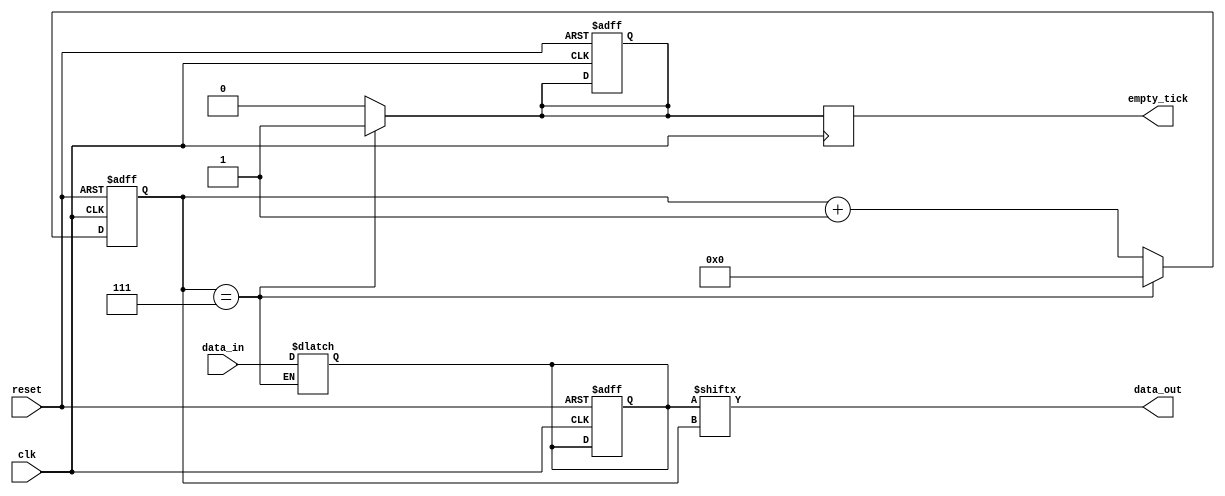
`timescale 1ns / 1ps

module parallel_to_serial
#(parameter N=8)(
    input clk,reset,
    input wire [N-1:0] data_in,
    output reg empty_tick,
    output reg data_out
    );

reg [N-1:0] data_reg, data_next;
reg [N-1:0] count_reg, count_next;
reg empty_reg, empty_next;

always @ (posedge clk)
    empty_tick = empty_reg; 
 
always @(posedge clk, posedge reset)begin
    if(reset)begin
        count_reg <= 0;
        data_reg <= 0;
        empty_reg <= 1;
    end
    else begin
        count_reg <= count_next;
        data_reg <= data_next;
        empty_reg <= empty_next;
    end
end

always @* begin
    count_next = count_reg;
    data_reg = data_next;
    empty_reg = empty_next;
    
    data_out = data_reg[count_reg];
    
    if(count_reg == N-1) begin
        data_next = data_in;
        count_next = 0;
        empty_next = 1;
    end
    else begin
        count_next = count_reg +1;
        empty_next = 0;
    end
end
endmodule